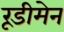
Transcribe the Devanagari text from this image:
रूडीमेन